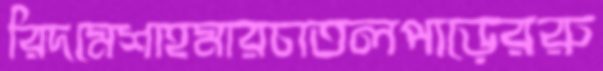
রিদমেশাহমারচাতলপাড়েররু